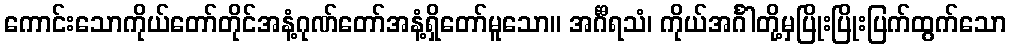
ကောင်းသောကိုယ်တော်တိုင်အနံ့ဂုဏ်တော်အနံ့ရှိတော်မူသော။ အင်္ဂီရသံ၊ ကိုယ်အင်္ဂါတို့မှပြိုးပြိုးပြက်ထွက်သော